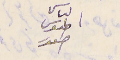
الياس طنوس اسعد